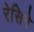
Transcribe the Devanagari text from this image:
रेसिने